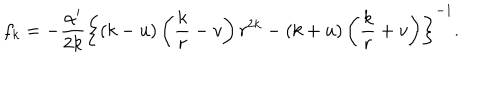
f _ { k } = - \frac { \alpha ^ { \prime } } { 2 k } \left\{ ( k - u ) \left( \frac k r - v \right) r ^ { 2 k } - ( k + u ) \left( \frac k r + v \right) \right\} ^ { - 1 } .